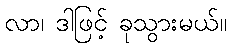
လာ၊ ဒါဖြင့် ခုသွားမယ်။